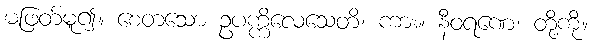
မဖြတ်မူ၍။ စေတသော ဥပက္ကိလေသေတိ၊ ကား။ နီဝရဏေ၊ တို့ကို။